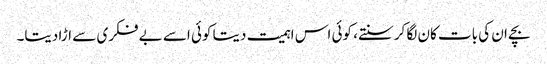
بچے ان کی بات کان لگا کر سنتے، کوئی اس اہمیت دیتا کوئی اسے بے فکری سے اڑا دیتا۔